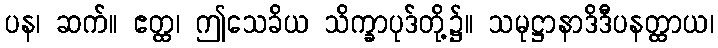
ပန၊ ဆက်။ ဧတ္ထ၊ ဤသေခိယ သိက္ခာပုဒ်တို့၌။ သမုဋ္ဌာနာဒိဒီပနတ္ထာယ၊